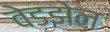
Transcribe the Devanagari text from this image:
वेडझेन